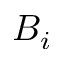
B _ { i }